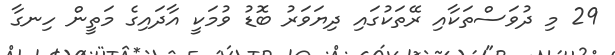
29 މި ދުވަސްތަކާއި ރޭތަކުގައި ދިޔަވަރު ބޮޑު ވުމަކީ އާދައިގެ މަތީން ހިނގާ